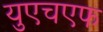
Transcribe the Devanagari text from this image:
युएचएफ